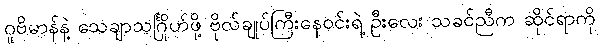
ဂူဗိမာန်နဲ့ သေချာသင်္ဂြိုဟ်ဖို့ ဗိုလ်ချုပ်ကြီးနေဝင်းရဲ့ ဦးလေး သခင်ညီက ဆိုင်ရာကို